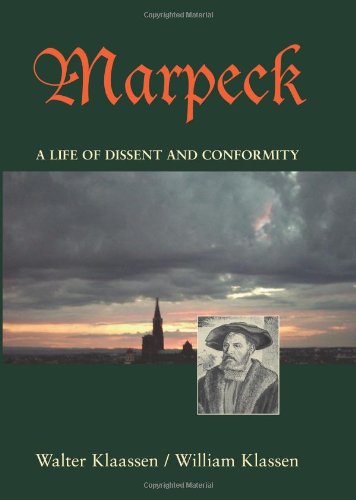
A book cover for MARPECK: A Life of Dissent and Conformity (Studies in Anabaptist and Mennonite History) (Anabaptist & Mennonite History); Walter Klaassen; Christian Books & Bibles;